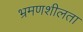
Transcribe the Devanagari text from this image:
भ्रमणशीलता